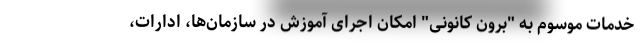
خدمات موسوم به "برون کانونی" امکان اجرای آموزش در سازمان‌ها، ادارات،